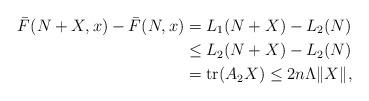
LaTeX: \begin{align*}\bar{F}(N+X,x) -\bar{F}(N,x) = {} & L_1(N+X) - L_2(N) \\\le {} & L_2(N+X) - L_2(N) \\= {} & \textrm{tr}(A_2 X)\le 2n \Lambda \| X \|,\end{align*}